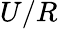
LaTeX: U/R